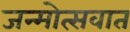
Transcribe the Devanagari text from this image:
जन्मोत्सवात